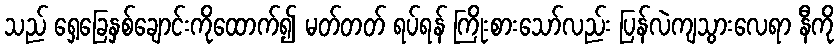
သည် ရှေ့ခြေနှစ်ချောင်းကိုထောက်၍ မတ်တတ် ရပ်ရန် ကြိုးစားသော်လည်း ပြန်လဲကျသွားလေရာ နီကို